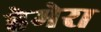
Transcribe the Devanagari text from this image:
हेमेरा